Report on the lunatic asylums under the Government of Bombay - 1904-1913
Year: 1904
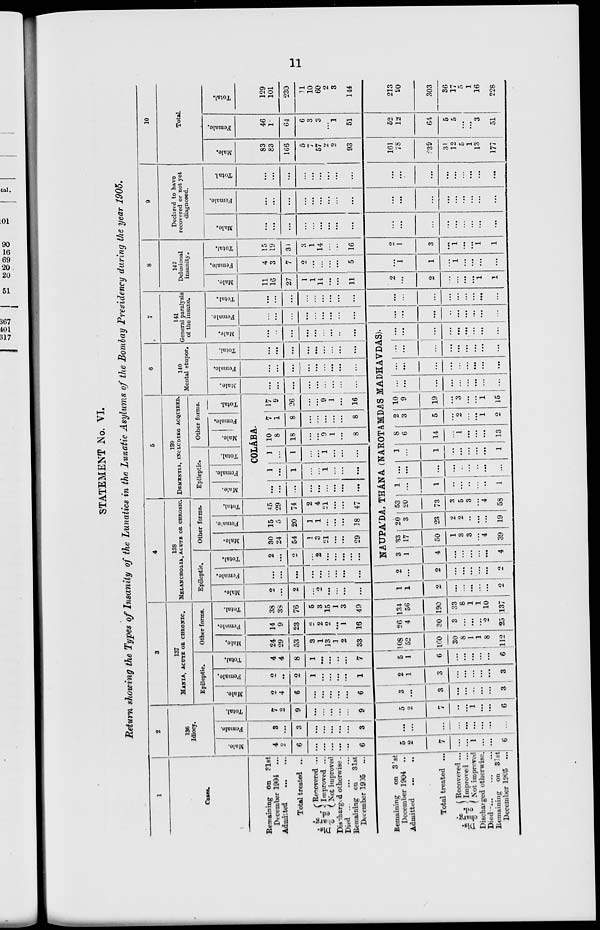
11
STATEMENT No. VI.
Return showing the Types of Insanity of the Lunatics in the Lunatic Asylums of the Bombay Presidency during the year 1905.
1
Cases.
Remaining on 31st
December 1904 ...
Admitted
...
...
Total treated ...
Dis-
charg-
ed.
Recovered ...
Improved ...
Not improved
Discharged otherwise.
Died
...
...
...
Remaining on 31st
December 1905 ...
Remaining
on 31st
December 1904 ...
Admitted
...
...
Total treated ...
Dis-
charg-
ed.
Recovered ...
Improved ...
Not-improved
Discharged otherwise.
Died ... ... ...
Remaining on 31st
December 1905 ...
2
136
Idiocy.
Male.
4
2
6
...
...
...
...
...
6
5
2
7
...
...
1
...
...
6
Female.
3
...
3
...
...
...
...
...
3
...
...
...
...
...
...
...
...
...
Total.
7
2
9
...
...
...
...
...
9
5
2
...
...
...
1
...
...
6
3
137
MANIA, ACUTE OR CHRONIC.
Epileptic.
Male.
2
4
6
...
...
...
...
...
6
3
...
3
...
...
...
...
...
3
Female.
2
...
2
1
...
...
...
...
1
2
1
3
...
...
...
...
...
3
Total.
4
4
8
1
...
...
...
...
7
5
1
6
...
...
...
...
...
6
Other forms.
Male.
24
29
53
3
1
13
1
2
33
108
52
160
30
8 1
1
8
112
Female.
14
9
23
2
2
2
...
1
16
26
4
30
3
...
...
...
2
25
Total.
38
38
76
5
3
15
1
3
49
134
56
190
33
8
1
1
10
137
4
138
MELANCHOLIA, ACUTE OR CHRONIC.
Epileptic.
Male.
2
...
2
...
2
...
...
...
...
1
1
2
...
...
...
...
...
2
Female.
...
...
...
...
...
...
...
...
...
2
...
2
...
...
...
...
...
2
Total.
2
...
2
...
2
...
...
...
...
Other forms.
Male.
30
24
54
1
3
21
...
...
29
Female.
15
5
20
1
1
...
...
...
38
Total.
45
29
74
2
4
21
...
...
47
5
139
DEMENTIA, INCLUDING ACQUIRED.
Epileptic.
Male.
Female.
Total.
Other forms.
Male.
Female.
Total.
COLÁBA.
...
...
...
...
...
...
...
...
...
1
...
1
...
...
1
...
...
...
1
...
1
...
...
1
...
...
...
10
8
18
...
...
9
1
...
8
7
1
8
...
...
...
...
...
8
17
9
26
...
...
9
1
...
16
6
140
Mental stupor.
Male.
...
...
...
...
...
...
...
...
...
Female.
...
...
...
...
...
...
...
...
...
Total.
...
...
...
...
...
...
...
...
...
7
141
General paralysis
of the insane.
Male.
...
...
...
...
...
...
...
...
...
NAUPA'DA, THÁNA (NAROTAMDAS MADHAVDAS).
3
1
4
...
...
...
...
...
4
33
17
50
1
3
3
...
4
39
20
3
23
2
2
...
...
...
19
53
20
73
3
5
3
...
4
58
1
...
1
...
...
...
...
...
1
...
...
...
...
..
...
...
...
...
1
...
1
...
...
...
...
...
1
8
6
14
...
1
...
...
...
13
2
3
5
...
2
...
...
1
2
10
9
19
...
3
...
...
1
15
...
...
...
...
...
...
...
...
...
...
...
...
...
...
...
...
...
...
...
...
...
...
...
...
...
...
...
...
...
...
...
...
...
...
...
...
Female.
...
...
...
...
...
...
...
...
...
...
...
...
...
...
...
...
...
...
Total.
...
...
...
...
...
...
...
...
...
...
...
...
...
...
...
...
...
...
8
142
Delusional
insanity.
Male.
11
16
27
1
1
14
...
...
11
2
...
2
...
...
...
...
1
1
Female.
4
3
7
2
...
...
...
...
5
...
1
1
...
1
...
...
...
...
Total.
15
19
34
3
1
14
...
...
16
2
1
3
...
1
...
...
1
1
9
Declared to have
recovered or not yet
diagnosed.
Male.
...
...
...
...
...
...
...
...
...
...
...
...
...
...
...
...
...
...
Female.
...
...
...
...
...
...
...
...
...
...
...
...
...
...
...
...
...
...
Total.
...
...
...
...
...
...
...
...
...
...
...
...
...
...
...
...
...
10
Total
Male.
83
83
166
5
7
57
2
2
93
161
78
239
31
12
5
1
13
177
Female.
46
18
64
6
3
3
...
1
51
52
12
64
5
5
...
...
3
51
Total.
129
101
230
11
10
60
2
3
144
213
90
303
36
17
5
1
16
228